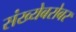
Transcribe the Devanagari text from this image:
संख्येबरोबर